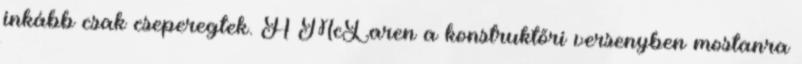
inkább csak cseperegtek. A McLaren a konstruktőri versenyben mostanra